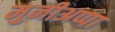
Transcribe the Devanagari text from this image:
मुनीअप्पा